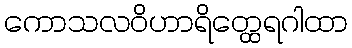
ကောသလဝိဟာရိတ္ထေရဂါထာ